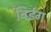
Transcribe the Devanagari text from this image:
बिईँग